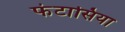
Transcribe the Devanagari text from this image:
फंटासिया